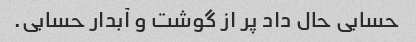
حسابی حال داد پر از گوشت و آبدار حسابی.